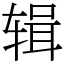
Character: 辑